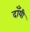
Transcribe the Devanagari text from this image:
दाँयी